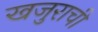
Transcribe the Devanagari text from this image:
खजुराची